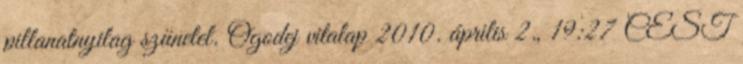
pillanatnyilag szünetel. Ogodej vitalap 2010. április 2., 19:27 CEST